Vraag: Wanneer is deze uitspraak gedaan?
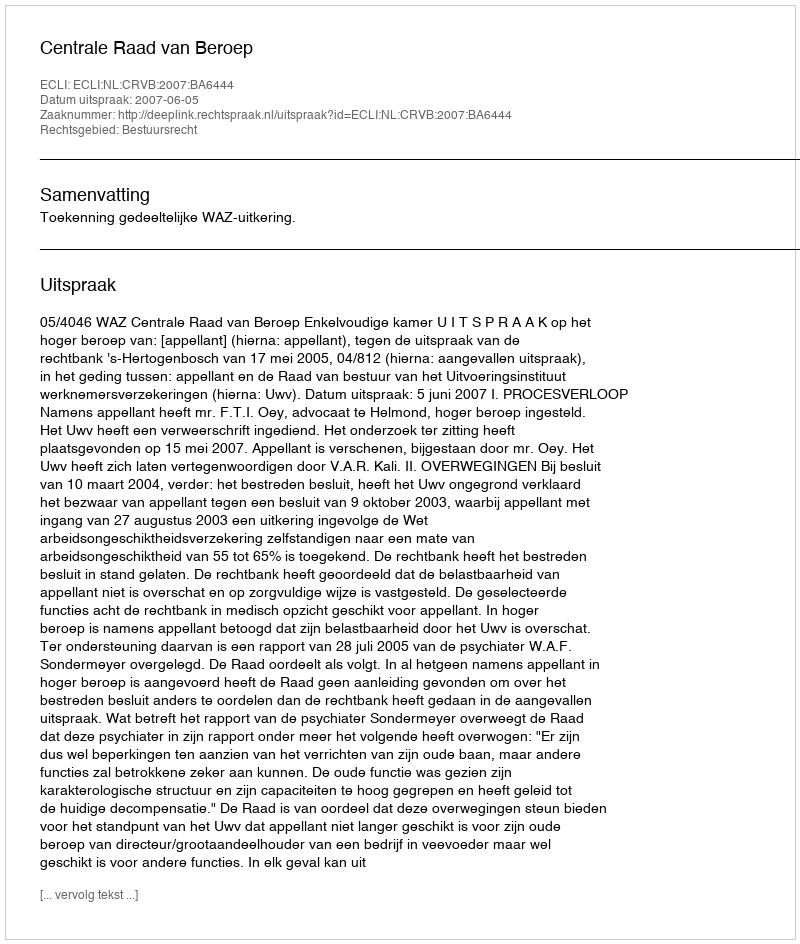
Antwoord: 2007-06-05